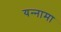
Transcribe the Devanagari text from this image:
यन्‍नामा